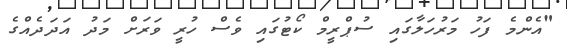
"އެންމެ ފަހު މަރުހަލާގައި ސުޕްރީމް ކޯޓުގައި ވެސް ހުރީ ވަރަށް މަދު އަދަދެއްގެ